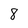
Character: 8